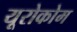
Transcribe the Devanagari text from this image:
यूरोकोम